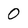
Character: 0